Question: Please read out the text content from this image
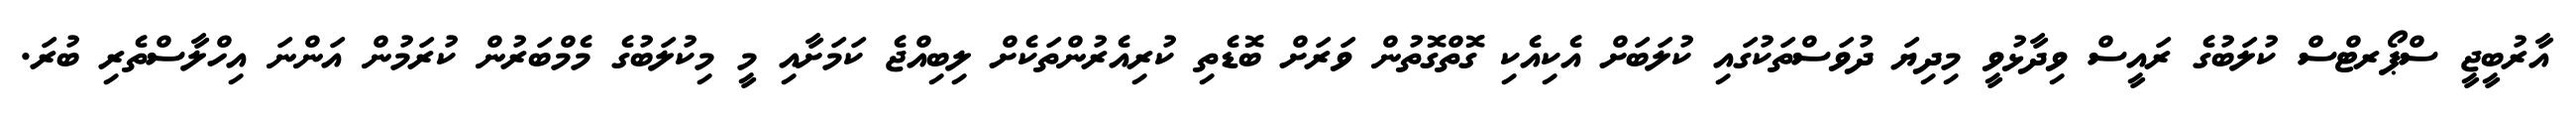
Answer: އާރުބީޖީ ސްޕޯރޓްސް ކުލަބުގެ ރައީސް ވިދާޅުވީ މިދިޔަ ދުވަސްތަކުގައި ކުލަބަށް އެކިއެކި ގޮތްގޮތުން ވަރަށް ބޮޑެތި ކުރިއެރުންތަކެށް ލިބިއްޖެ ކަމަށާއި މީ މިކުލަބުގެ މެމްބަރުން ކުރަމުން އަންނަ އިހްލާސްތެރި ބުރަ.